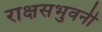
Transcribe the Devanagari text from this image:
राक्षसभुवनी